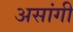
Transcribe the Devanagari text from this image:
असांगी